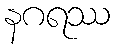
နဂရဿ